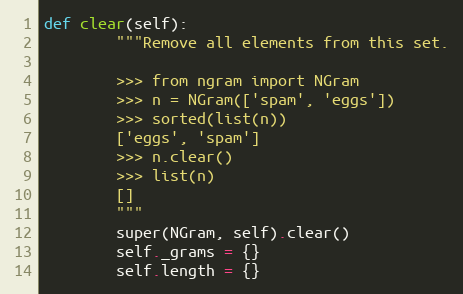
Language: Python
def clear(self):
        """Remove all elements from this set.

        >>> from ngram import NGram
        >>> n = NGram(['spam', 'eggs'])
        >>> sorted(list(n))
        ['eggs', 'spam']
        >>> n.clear()
        >>> list(n)
        []
        """
        super(NGram, self).clear()
        self._grams = {}
        self.length = {}